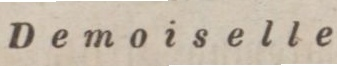
Demoiselle